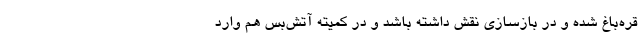
قره‌باغ شده و در بازسازی نقش داشته باشد و در کمیته آتش‌بس هم وارد